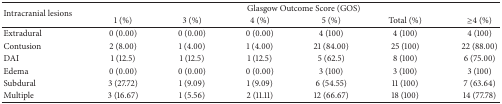
| <ROWSPAN=2> Intracranial lesions | <COLSPAN=6> Glasgow Outcome Score (GOS) |
 | 1 (%) | 3 (%) | 4 (%) | 5 (%) | Total (%) | ≥4 (%) |
 | --- | --- | --- | --- | --- | --- | --- |
 | Extradural | 0 (0.00) | 0 (0.00) | 0 (0.00) | 4 (100) | 4 (100) | 4 (100) |
 | Contusion | 2 (8.00) | 1 (4.00) | 1 (4.00) | 21 (84.00) | 25 (100) | 22 (88.00) |
 | DAI | 1 (12.5) | 1 (12.5) | 1 (12.5) | 5 (62.5) | 8 (100) | 6 (75.00) |
 | Edema | 0 (0.00) | 0 (0.00) | 0 (0.00) | 3 (100) | 3 (100) | 3 (100) |
 | Subdural | 3 (27.72) | 1 (9.09) | 1 (9.09) | 6 (54.55) | 11 (100) | 7 (63.64) |
 | Multiple | 3 (16.67) | 1 (5.56) | 2 (11.11) | 12 (66.67) | 18 (100) | 14 (77.78) |